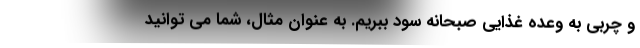
و چربی به وعده غذایی صبحانه سود ببریم. به عنوان مثال، شما می توانید